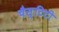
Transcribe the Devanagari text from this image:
चैस्टिटी